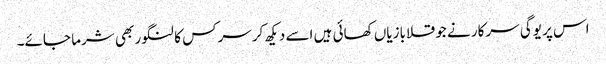
اس پر یوگی سرکار نے جو قلابازیاں کھائی ہیں اسے دیکھ کرسرکس کا لنگور بھی شرما جائے۔